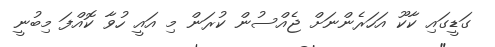
ގަޑީގައި ކާކޫ އަހަރެންނަށް ޖެއްސުން ކުރަން މި އައީ ހުވާ ކޮއްފަ މިބުނީ